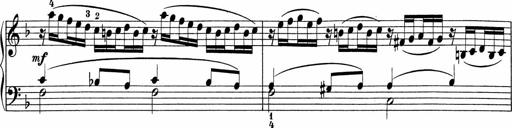
Title: 5 Sonatinen fÃ¼r die Jugend
Composer: Carl Reinecke